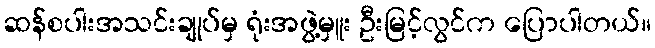
ဆန်စပါးအသင်းချုပ်မှ ရုံးအဖွဲ့မှူး ဦးမြင့်လွင်က ပြောပါတယ်။